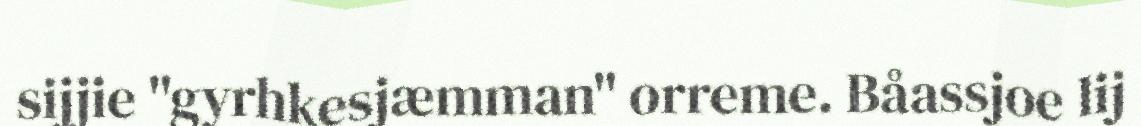
sijjie "gyrhkesjæmman" orreme. Båassjoe lij